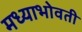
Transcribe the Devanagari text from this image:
मध्याभोवती